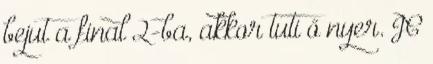
bejut a final 2-ba, akkor tuti ő nyer. JC